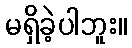
မရှိခဲ့ပါဘူး။